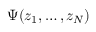
\Psi ( z _ { 1 } , \dots , z _ { N } )